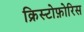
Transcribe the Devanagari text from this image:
क्रिस्टोफ़ोरिस